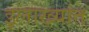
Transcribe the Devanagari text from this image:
इलाख्यांत